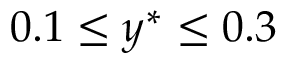
0 . 1 \leq y ^ { * } \leq 0 . 3